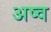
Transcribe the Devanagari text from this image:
अष्व